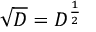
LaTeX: { \sqrt { D } } = D ^ { \frac { 1 } { 2 } }